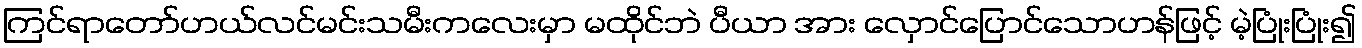
ကြင်ရာတော်ဟယ်လင်မင်းသမီးကလေးမှာ မထိုင်ဘဲ ပီယာ အား လှောင်ပြောင်သောဟန်ဖြင့် မဲ့ပြုံးပြုံး၍